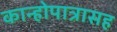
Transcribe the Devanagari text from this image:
कान्होपात्रासह